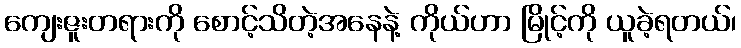
ကျေးဇူးတရားကို စောင့်သိတဲ့အနေနဲ့ ကိုယ်ဟာ မြိုင့်ကို ယူခဲ့ရတယ်၊